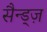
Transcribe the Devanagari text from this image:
सैन्ड्ज़